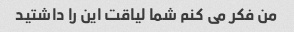
من فکر می کنم شما لیاقت این را داشتید